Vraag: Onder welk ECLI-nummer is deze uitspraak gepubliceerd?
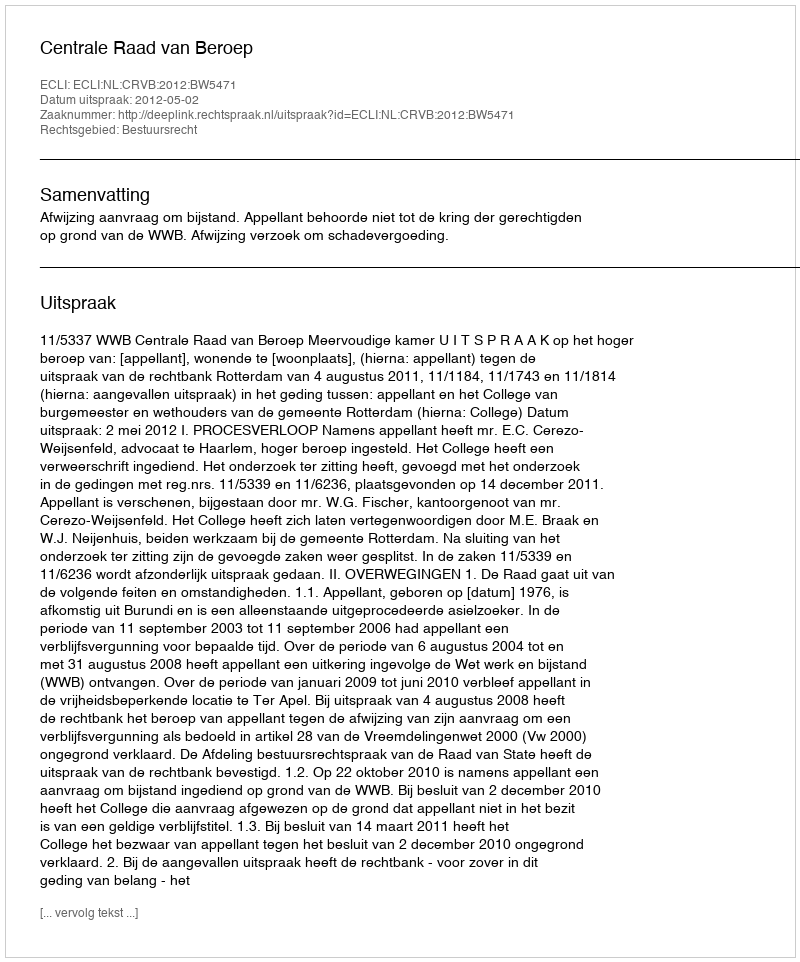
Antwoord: ECLI:NL:CRVB:2012:BW5471